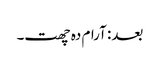
بعد: آرام دہ چھت۔